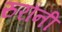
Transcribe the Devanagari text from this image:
रुरौनी